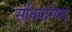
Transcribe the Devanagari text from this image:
संधिपरिषद्